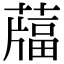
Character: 𦽌